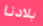
بلادنا